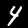
Label: 4